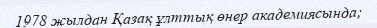
1978 жылдан Қазақ ұлттық өнер академиясында;